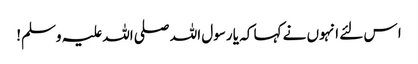
ا س لئے انہوں نے کہا کہ یا رسول اللہ صلی اللہ علیہ وسلم!